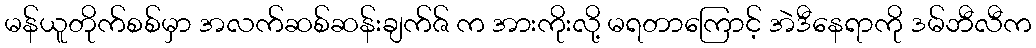
မန်ယူတိုက်စစ်မှာ အလက်ဆစ်ဆန်းချက်ဇ် က အားကိုးလို့ မရတာကြောင့် အဲဒီနေရာကို ဒမ်ဘီလီက